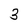
Character: 3